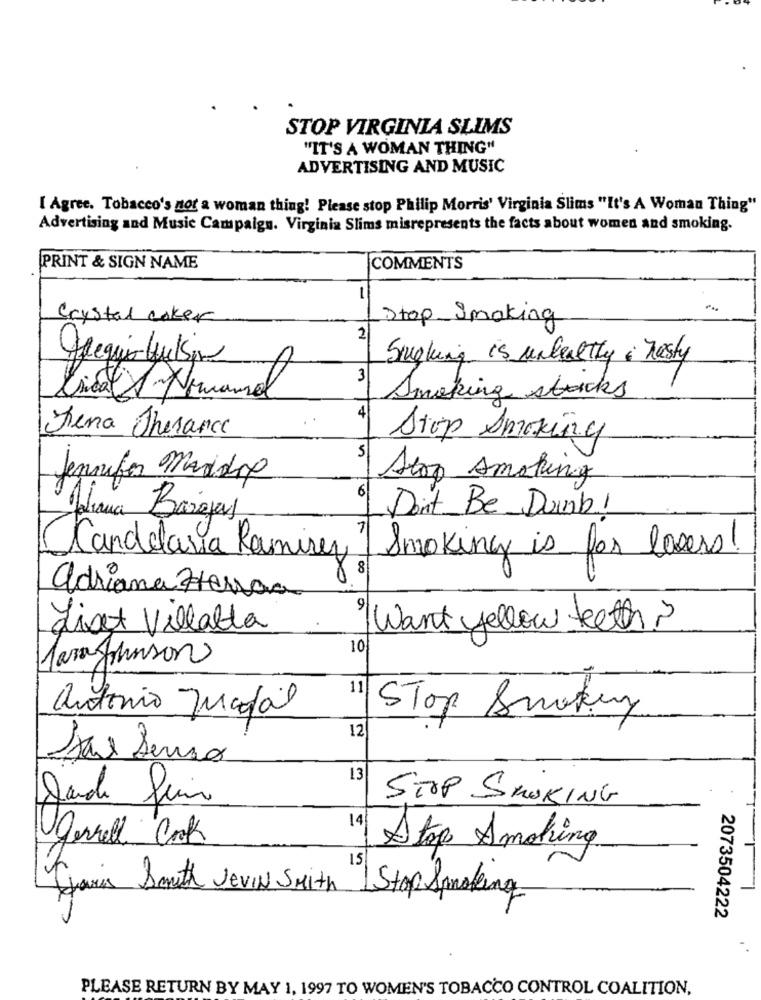
STOP VIRGINIA SLIMS
"IT'S A WOMAN THING"
ADVERTISING AND MUSIC
[ Agree. Tobacco's not a woman thing! Please stop Philip Morris' Virginia Slims "It's A Woman Thing"
Advertising and Music Campaign. Virginia Slims misrepresents the facts about women and smoking.
PRINT & SIGN NAME
COMMENTS
1
Crystal coker
Stop Smoking
2
Sighing is unhealthy & Tasty
3
- N M
Csicat A Nomanual
Smoking stocks
4
Ferra Therance
Stop Smoking
5
Jennifer Maridox
Stop smoking
6
Don't_Be Duinb!
Aliana Barajas
Candelaria Ramirez ] Smoking is for losers!
adriana Hersaa
9
List Villalta
Want yellow teeth
10
Jara Johnson
11
antonio Jugdal
Stop Smoking
12
13
STOP SMOKING
19/
Ugernell Cock
Stop Smoking
15
Haris Smith JevIN Smith Stop Smoking
2073504222
PLEASE RETURN BY MAY 1, 1997 TO WOMEN'S TOBACCO CONTROL COALITION,